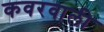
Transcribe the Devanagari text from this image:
कवरवाली